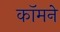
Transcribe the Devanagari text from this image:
कॉमने